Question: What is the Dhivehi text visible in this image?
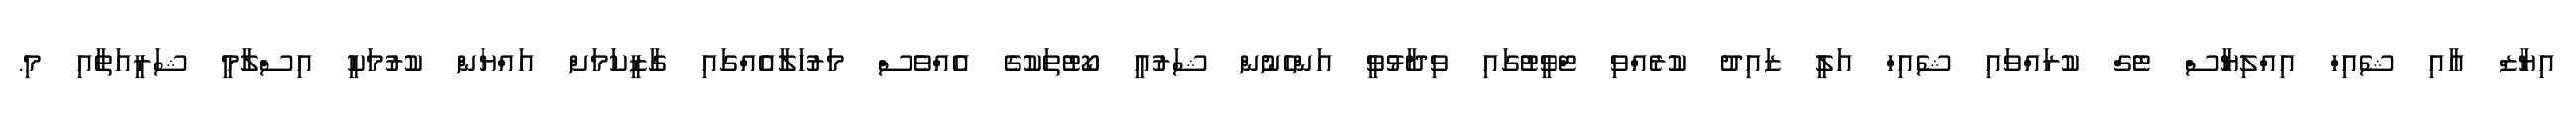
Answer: އިޔާޒް އާއި ޝެއިހް އިއްލިޔާސް ޓެގް ކުރައްވައި ޝެއިހް އަލީ ޒައިދު ކުރެއްވި ޓްވީޓުގައި ވިދާޅުވީ އަންހެނުން ޝަރުއީ ކޯޓުތަކުގެ އެއްވެސް މަރުހަލާއެއްގައި ގާޒީކަމަށް އައްޔަން ކުރުމަކީ އިސްލާމީ ޝަރީއަތާއި މި.